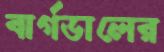
বার্গডালের